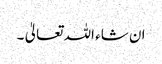
ان شاء اللہ تعالیٰ ۔